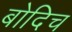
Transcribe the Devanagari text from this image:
बोदिच